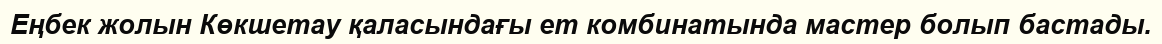
Еңбек жолын Көкшетау қаласындағы ет комбинатында мастер болып бастады.